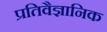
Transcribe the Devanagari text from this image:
प्रतिवैज्ञानिक